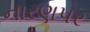
નારણપર